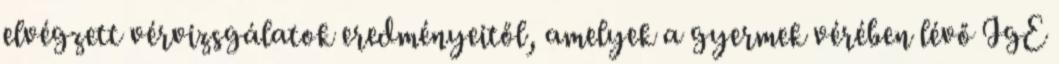
elvégzett vérvizsgálatok eredményeitől, amelyek a gyermek vérében lévő IgE